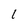
Character: 1